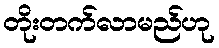
တိုးတက်လာမည်ဟု